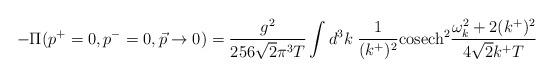
LaTeX: \begin{align*}-\Pi (p^{+}=0,p^{-}=0,\vec{p}\rightarrow 0) = \frac{g^{2}}{256\sqrt{2}\pi^{3}T} \int d^{3}k\;\frac{1}{(k^{+})^{2}} {\rm cosech}^{2} \frac{\omega_{k}^{2}+2(k^{+})^{2}}{4\sqrt{2}k^{+}T}\end{align*}